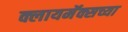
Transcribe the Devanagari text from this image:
क्लायमॅक्सच्या